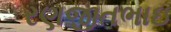
રણજીતભાઇ